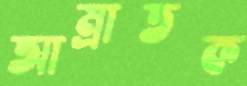
আম্রাতক